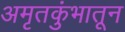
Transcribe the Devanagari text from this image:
अमृतकुंभातून